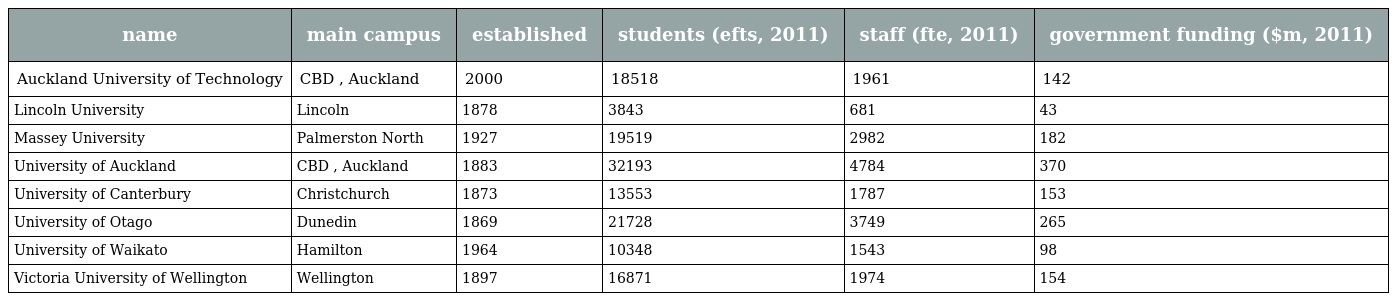
| name | main campus | established | students (efts, 2011) | staff (fte, 2011) | government funding ($m, 2011) |
 | --- | --- | --- | --- | --- | --- |
 | Auckland University of Technology | CBD , Auckland | 2000 | 18518 | 1961 | 142 |
 | Lincoln University | Lincoln | 1878 | 3843 | 681 | 43 |
 | Massey University | Palmerston North | 1927 | 19519 | 2982 | 182 |
 | University of Auckland | CBD , Auckland | 1883 | 32193 | 4784 | 370 |
 | University of Canterbury | Christchurch | 1873 | 13553 | 1787 | 153 |
 | University of Otago | Dunedin | 1869 | 21728 | 3749 | 265 |
 | University of Waikato | Hamilton | 1964 | 10348 | 1543 | 98 |
 | Victoria University of Wellington | Wellington | 1897 | 16871 | 1974 | 154 |